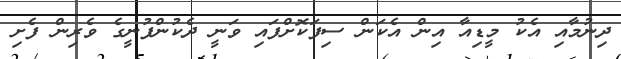
ދިނުމާއި އެކު މީޑިއާ އިން އެކަން ސިފަކޮށްފައި ވަނީ ދެކުންފުނީގެ ވެރިން ފެށި